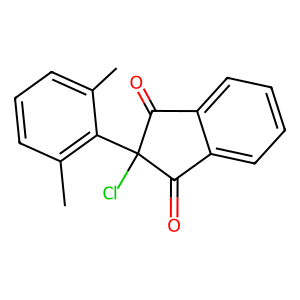
SMILES: Cc1cccc(C)c1C1(Cl)C(=O)c2ccccc2C1=O
Inhibits HIV replication: No